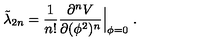
\tilde { \lambda } _ { 2 n } = { \frac { 1 } { n ! } } { \frac { \partial ^ { n } V } { \partial ( \phi ^ { 2 } ) ^ { n } } } \Big | _ { \phi = 0 } \ .